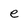
Character: e